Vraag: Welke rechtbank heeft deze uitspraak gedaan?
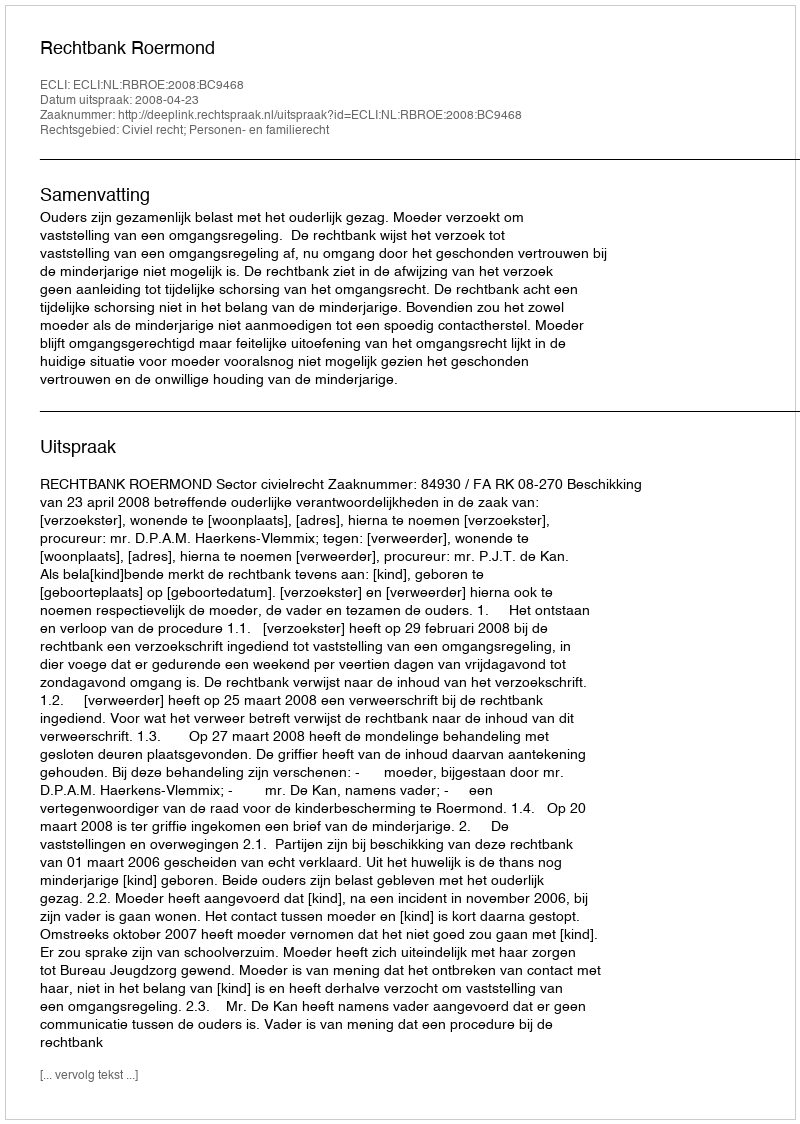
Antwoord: Rechtbank Roermond